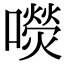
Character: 𡂋